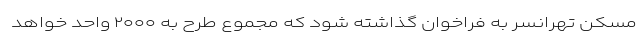
مسکن تهرانسر به فراخوان گذاشته شود که مجموع طرح به ۲۰۰۰ واحد خواهد